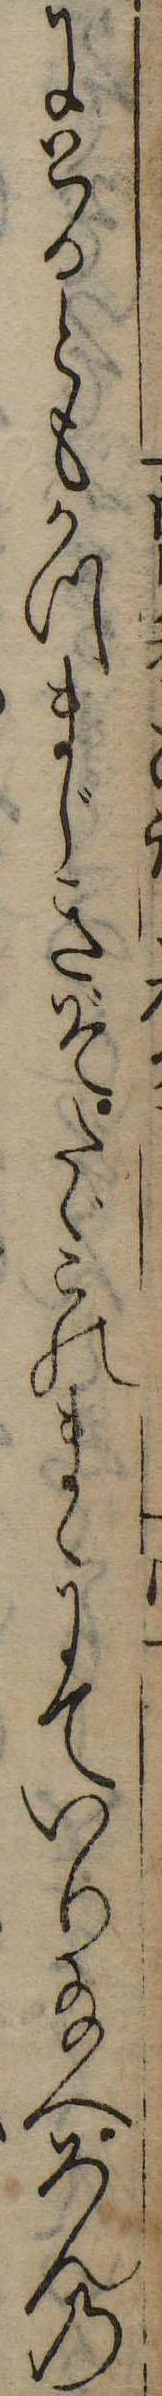
にとるともかつまじきぞたゞこのまゝにていり給へろんの